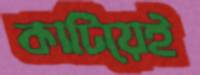
কাটিয়েই